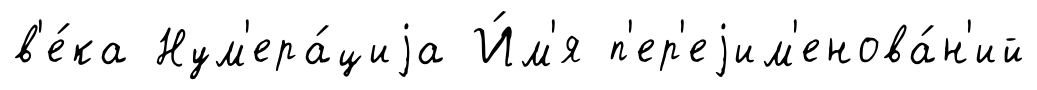
в'е́ка Нум'ера́циjа И́м'я п'ер'еjим'енова́н'ий